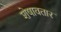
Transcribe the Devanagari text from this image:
शेषावतार